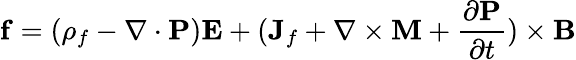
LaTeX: \mathbf{f}=(\rho_{f}-\nabla\cdot\mathbf{P})\mathbf{E}+(\mathbf{J}_{f}+\nabla\times\mathbf{M}+{\frac{\partial\mathbf{P}}{\partial t}})\times\mathbf{B}